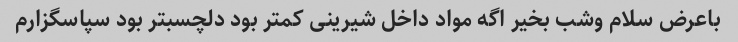
باعرض سلام وشب بخیر اگه مواد داخل شیرینی کمتر بود دلچسبتر بود سپاسگزارم